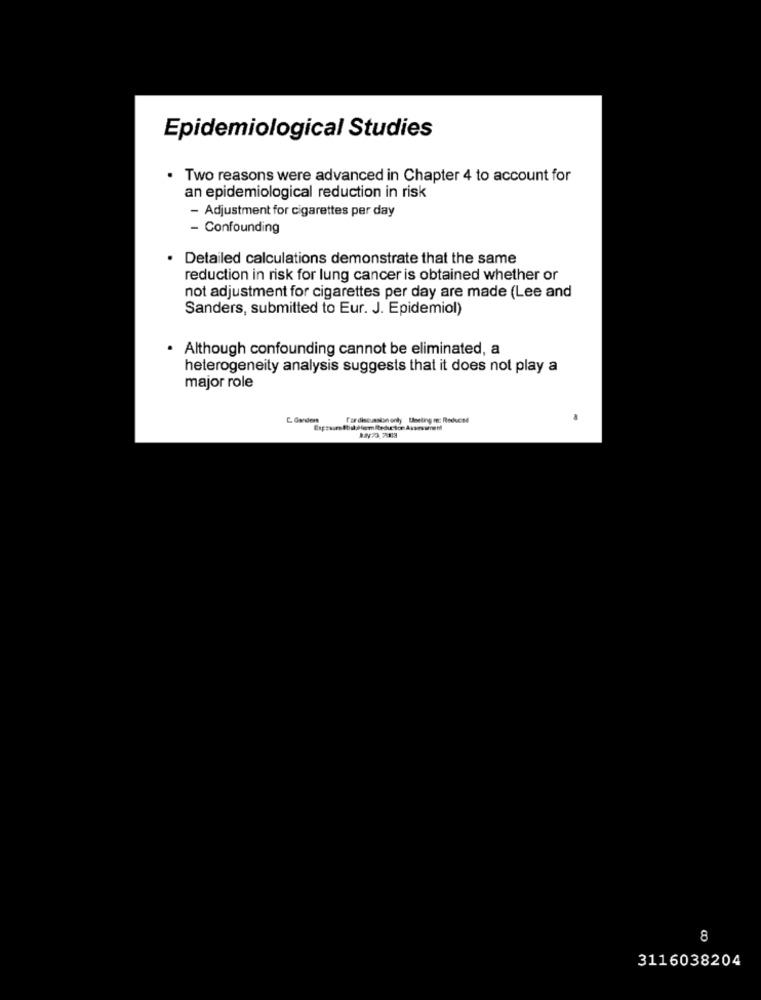
Epidemiological Studies
. Two reasons were advanced in Chapter 4 to account for
an epidemiological reduction in risk
- Adjustment for cigarettes per day
- Confounding
. Detailed calculations demonstrate that the same
reduction in risk for lung cancer is obtained whether or
not adjustment for cigarettes per day are made (Lee and
Sanders, submitted to Eur. J. Epidemiol)
Although confounding cannot be eliminated, a
heterogeneity analysis suggests that it does not play a
major role
fordiscussion only Useting m: Reduced
8
3116038204